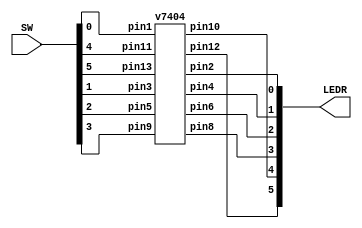
`timescale 1ns / 1ns // `timescale time_unit/time_precision

//SW[2:0] data inputs
//SW[9] select signals

//LEDR[0] output display

module m7404(LEDR, SW);
    input [9:0] SW;
    output [9:0] LEDR;

    v7404 u0(SW[0], SW[1], SW[2],SW[3], SW[4], SW[5], LEDR[0], LEDR[1], LEDR[2], LEDR[3], LEDR[4], LEDR[5]   );
endmodule

module v7404 (input pin1, pin3, pin5, pin9, pin11, pin13, output pin2, pin4, pin6, pin8, pin10, pin12);
	assign pin2 = ~pin1;  
	assign pin4 = ~pin3;  
	assign pin6 = ~pin5;  
	assign pin8 = ~pin9;  
	assign pin10 = ~pin11;  
	assign pin12 = ~pin13;  	
endmodule